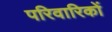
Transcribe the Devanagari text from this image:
परिवारिकों